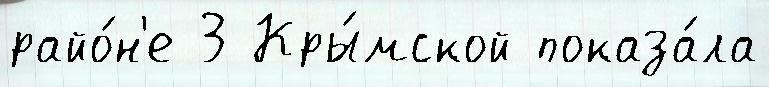
райо́н'е 3 Кры́мской показа́ла